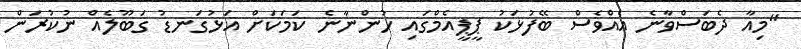
"މިއާ ދެބަސްވާނެ އެއްވެސް ބޭފުޅަކު ޕީޕީއެމްގައި ހުންނާނެ ކަމަކަށް އަޅުގަނޑު ގަބޫލެއް ނުކުރަން